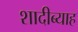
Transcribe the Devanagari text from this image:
शादीब्याह